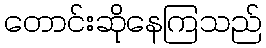
တောင်းဆိုနေကြသည်